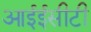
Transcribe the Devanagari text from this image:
आईईसीटी